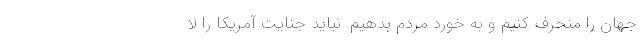
جهان را منحرف کنیم و به خورد مردم بدهیم. نباید جنایت آمریکا را لا